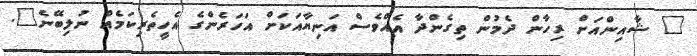
" ޝާއިންއަށް ރިހާން ދެމުން ތިގެންދާ އެއްވެސް އަނިޔާއަކަށް އަހަރެންގެ އެހީތެރިކަމެއް ނުލިބޭނެ".